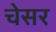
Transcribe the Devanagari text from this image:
चेसर